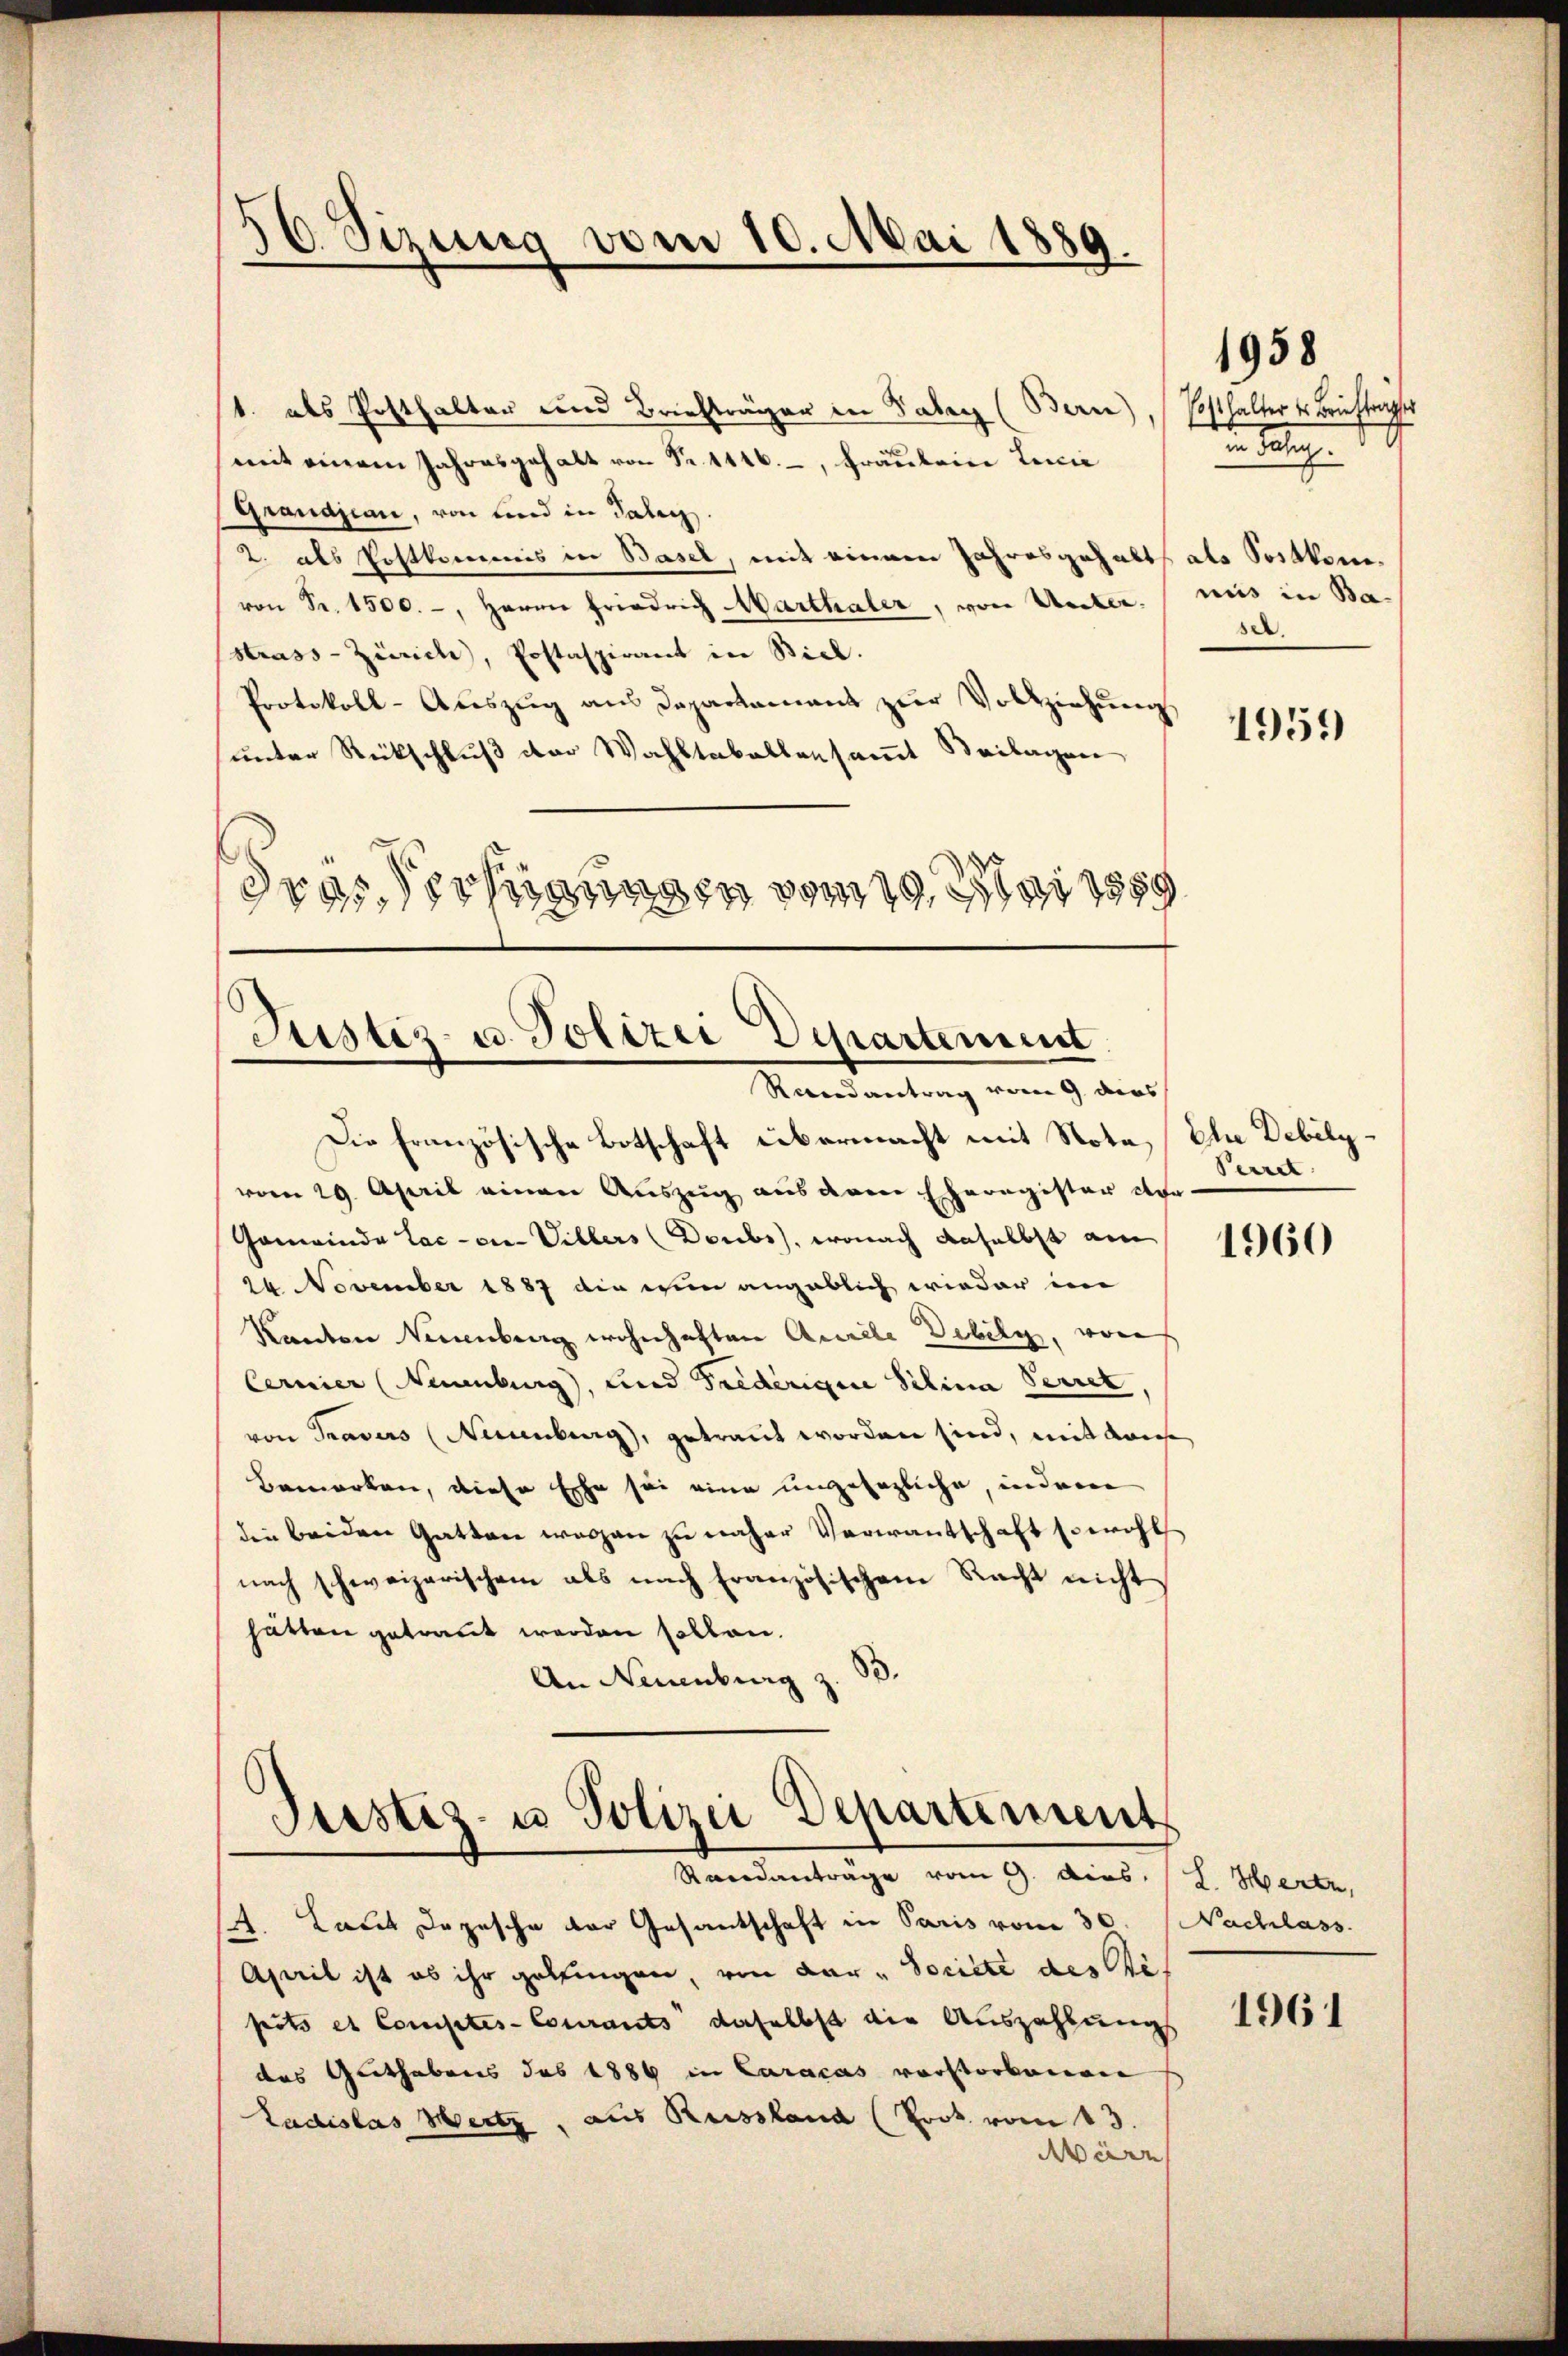
1. als Posthalten und Briefträger in Vater (Bern), (Posthalter u. Brieftragser
mit einem Jahresgehalt von Fr. 1146, Fräulein Linie
Grandjean, von und in Talen.
2. als Postkommis in Basel, mit einem Jahresgehalt als Postkomvon Fr. 1500.-, Herrn Friedrich Marthaler, von Unter uns in Ba-
strass-Zürich, Postaspirant in Stick.
Protokoll-Auszug aus Departament zur Vollziehung
unter Rückschluß der Wahltabellensammt Beilagen
dras Verfügungen vom Mai 1859

56. Sizung vom 10. Mai 1889.

Justiz- u. Polizei Departement
Randantrag vom 9. dies

Die Französische Botschaft übermacht mit Note, Ehe Debilyvom 29. April einen Auszug aus dem Eheregister der-
Gemeinde Lac-ei- Villers (Doubs), wonach daselbst am
26 November 1887 die wien angeblich wieder im
Kanton Neuenburg wohnhaften Aurele Debily, von
Cernier (Neuenburg), und Frederigine Selina Perret,
von Travers (Neuenburg, getraut worden sind, mit Kaise
Bemerken, diese Ehe sei eine ungesezliche, indem
die beiden Gatten wegen zu naher Verwantschaft sowohl
nach schweizerischem als nach Französischem Recht nicht
hätten getraut werden sollen.
d
An Neuenburg z.

Justiz- u Polizei Departement
Randanträge vom 9. dies. (2. Herte,

. Laut Depesche der Gesantschaft in Paris vom 30. Nachlass
April ist ob ihr gelingen, von dar - Societe des Stipeits et Competes- Courants daselbst die Auszahlung
das Guthabens des 1886 in Caracas vorstorbenen
Ladislas Wertz, aus Reissland (Prok. vom 13.
Marn

1958

e ag. 19.
sel.

1959

Pecret

1960

1961